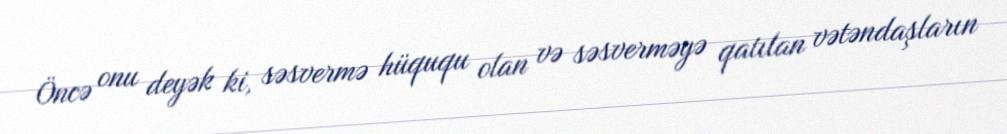
Öncə onu deyək ki, səsvermə hüququ olan və səsverməyə qatılan vətəndaşların